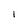
Character: 1